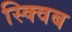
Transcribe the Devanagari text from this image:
स्क्विब